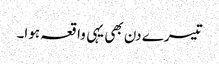
تیسرے دن بھی یہی واقعہ ہوا۔